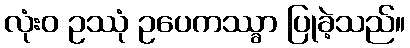
လုံးဝ ဥဿုံ ဥပေကဿ္ခာ ပြုခဲ့သည်။